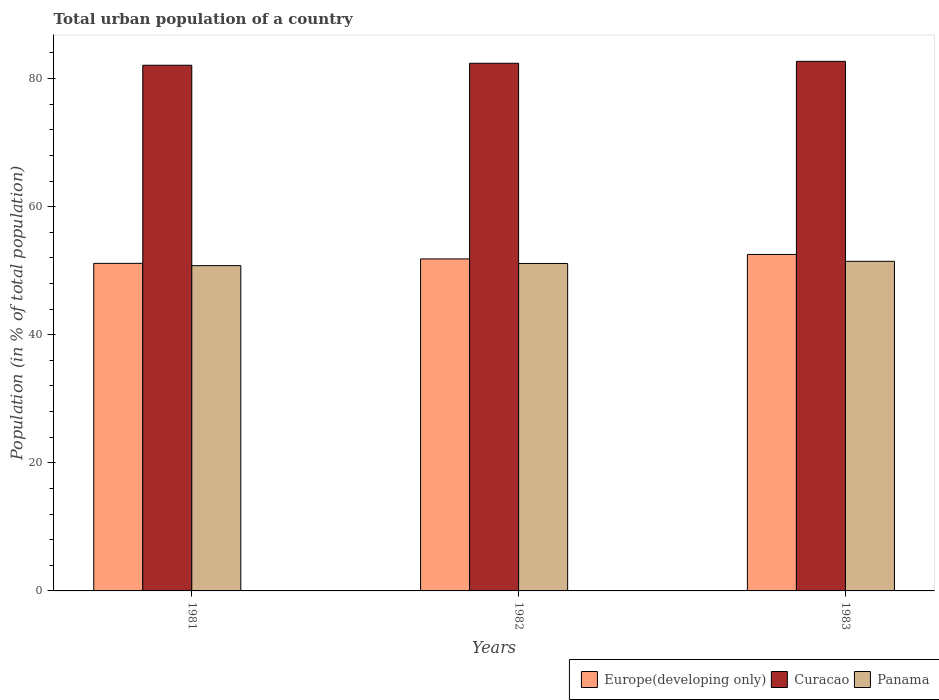
| Years | Europe(developing only) | Curacao | Panama |
 | --- | --- | --- | --- |
 | 1981 | 51.1 | 82.1 | 50.8 |
 | 1982 | 51.8 | 82.4 | 51.1 |
 | 1983 | 52.5 | 82.7 | 51.5 |